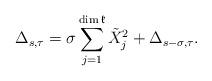
LaTeX: \begin{align*}\Delta_{s,\tau}=\sigma\sum_{j=1}^{\dim\mathfrak{k}}\tilde{X}_{j}^{2}+\Delta_{s-\sigma,\tau}. \end{align*}